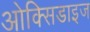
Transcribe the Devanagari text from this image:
ओक्सिडाइज